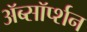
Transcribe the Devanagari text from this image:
ॲब्सॉर्प्शन